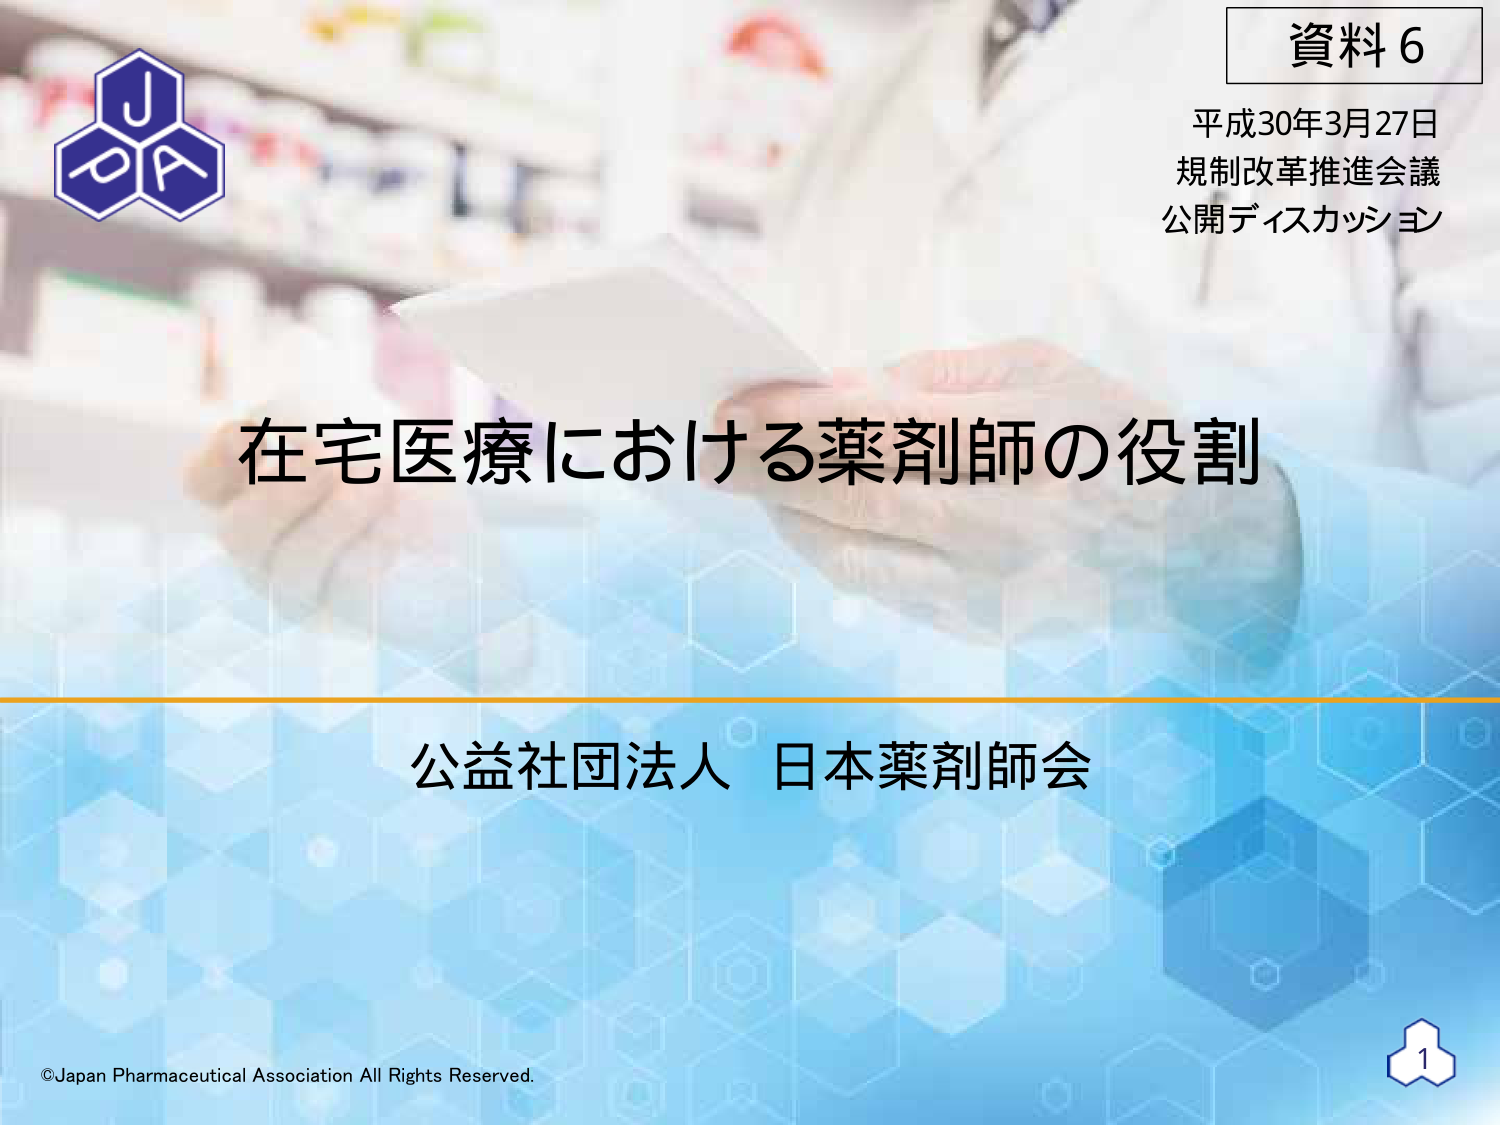
資料6
平成30年3月27日
規制改革推進会議
公開ディスカッション

在宅医療における薬剤師の役割

公益社団法人 日本薬剤師会

©Japan Pharmaceutical Association All Rights Reserved.
1